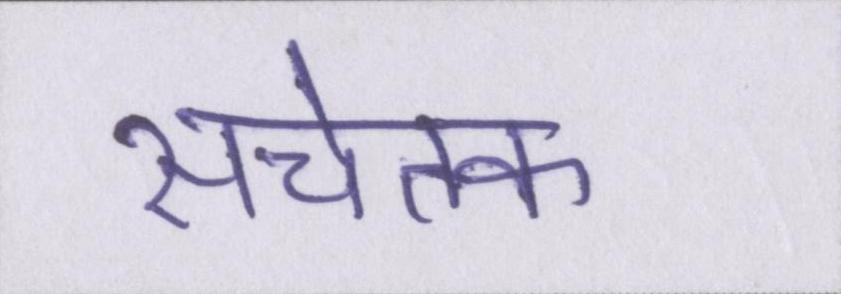
सचेतक